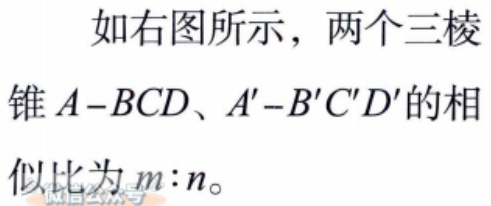
如右图所示，两个三棱
锥\(A - BCD\)、\(A' - B'C'D'\)的相
似比为\(m:n\)。